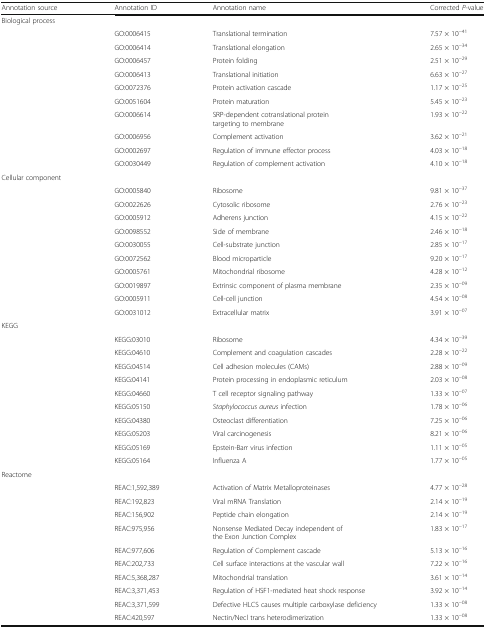
<table><thead><tr><td><b>Annotation source</b></td><td><b>Annotation ID</b></td><td><b>Annotation name</b></td><td><b>Corrected <i>P</i>-value</b></td></tr></thead><tbody><tr><td>Biological process</td><td colspan="3"></td></tr><tr><td rowspan="10"></td><td>GO:0006415</td><td>Translational termination</td><td>7.57 × 10<sup>−41</sup></td></tr><tr><td>GO:0006414</td><td>Translational elongation</td><td>2.65 × 10<sup>−34</sup></td></tr><tr><td>GO:0006457</td><td>Protein folding</td><td>2.51 × 10<sup>−29</sup></td></tr><tr><td>GO:0006413</td><td>Translational initiation</td><td>6.63 × 10<sup>−27</sup></td></tr><tr><td>GO:0072376</td><td>Protein activation cascade</td><td>1.17 × 10<sup>−25</sup></td></tr><tr><td>GO:0051604</td><td>Protein maturation</td><td>5.45 × 10<sup>−23</sup></td></tr><tr><td>GO:0006614</td><td>SRP-dependent cotranslational protein targeting to membrane</td><td>1.93 × 10<sup>−22</sup></td></tr><tr><td>GO:0006956</td><td>Complement activation</td><td>3.62 × 10<sup>−21</sup></td></tr><tr><td>GO:0002697</td><td>Regulation of immune effector process</td><td>4.03 × 10<sup>−18</sup></td></tr><tr><td>GO:0030449</td><td>Regulation of complement activation</td><td>4.10 × 10<sup>−18</sup></td></tr><tr><td>Cellular component</td><td colspan="3"></td></tr><tr><td rowspan="10"></td><td>GO:0005840</td><td>Ribosome</td><td>9.81 × 10<sup>−37</sup></td></tr><tr><td>GO:0022626</td><td>Cytosolic ribosome</td><td>2.76 × 10<sup>−23</sup></td></tr><tr><td>GO:0005912</td><td>Adherens junction</td><td>4.15 × 10<sup>−22</sup></td></tr><tr><td>GO:0098552</td><td>Side of membrane</td><td>2.46 × 10<sup>−18</sup></td></tr><tr><td>GO:0030055</td><td>Cell-substrate junction</td><td>2.85 × 10<sup>−17</sup></td></tr><tr><td>GO:0072562</td><td>Blood microparticle</td><td>9.20 × 10<sup>−17</sup></td></tr><tr><td>GO:0005761</td><td>Mitochondrial ribosome</td><td>4.28 × 10<sup>−12</sup></td></tr><tr><td>GO:0019897</td><td>Extrinsic component of plasma membrane</td><td>2.35 × 10<sup>−09</sup></td></tr><tr><td>GO:0005911</td><td>Cell-cell junction</td><td>4.54 × 10<sup>−08</sup></td></tr><tr><td>GO:0031012</td><td>Extracellular matrix</td><td>3.91 × 10<sup>−07</sup></td></tr><tr><td>KEGG</td><td colspan="3"></td></tr><tr><td rowspan="10"></td><td>KEGG:03010</td><td>Ribosome</td><td>4.34 × 10<sup>−39</sup></td></tr><tr><td>KEGG:04610</td><td>Complement and coagulation cascades</td><td>2.28 × 10<sup>−22</sup></td></tr><tr><td>KEGG:04514</td><td>Cell adhesion molecules (CAMs)</td><td>2.88 × 10<sup>−09</sup></td></tr><tr><td>KEGG:04141</td><td>Protein processing in endoplasmic reticulum</td><td>2.03 × 10<sup>−08</sup></td></tr><tr><td>KEGG:04660</td><td>T cell receptor signaling pathway</td><td>1.33 × 10<sup>−07</sup></td></tr><tr><td>KEGG:05150</td><td><i>Staphylococcus aureus</i> infection</td><td>1.78 × 10<sup>−06</sup></td></tr><tr><td>KEGG:04380</td><td>Osteoclast differentiation</td><td>7.25 × 10<sup>−06</sup></td></tr><tr><td>KEGG:05203</td><td>Viral carcinogenesis</td><td>8.21 × 10<sup>−06</sup></td></tr><tr><td>KEGG:05169</td><td>Epstein-Barr virus infection</td><td>1.11 × 10<sup>−05</sup></td></tr><tr><td>KEGG:05164</td><td>Influenza A</td><td>1.77 × 10<sup>−05</sup></td></tr><tr><td>Reactome</td><td colspan="3"></td></tr><tr><td rowspan="10"></td><td>REAC:1,592,389</td><td>Activation of Matrix Metalloproteinases</td><td>4.77 × 10<sup>−28</sup></td></tr><tr><td>REAC:192,823</td><td>Viral mRNA Translation</td><td>2.14 × 10<sup>−19</sup></td></tr><tr><td>REAC:156,902</td><td>Peptide chain elongation</td><td>2.14 × 10<sup>−19</sup></td></tr><tr><td>REAC:975,956</td><td>Nonsense Mediated Decay independent of the Exon Junction Complex</td><td>1.83 × 10<sup>−17</sup></td></tr><tr><td>REAC:977,606</td><td>Regulation of Complement cascade</td><td>5.13 × 10<sup>−16</sup></td></tr><tr><td>REAC:202,733</td><td>Cell surface interactions at the vascular wall</td><td>7.22 × 10<sup>−16</sup></td></tr><tr><td>REAC:5,368,287</td><td>Mitochondrial translation</td><td>3.61 × 10<sup>−14</sup></td></tr><tr><td>REAC:3,371,453</td><td>Regulation of HSF1-mediated heat shock response</td><td>3.92 × 10<sup>−14</sup></td></tr><tr><td>REAC:3,371,599</td><td>Defective HLCS causes multiple carboxylase deficiency</td><td>1.33 × 10<sup>−08</sup></td></tr><tr><td>REAC:420,597</td><td>Nectin/Necl trans heterodimerization</td><td>1.33 × 10<sup>−08</sup></td></tr></tbody></table>